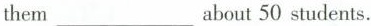
them ___ about 50 students.